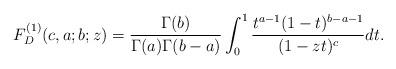
LaTeX: \begin{align*}F_{D}^{(1)}(c,a;b;z)=\frac{\Gamma (b)}{\Gamma (a)\Gamma (b-a)}\int_{0}^{1}\frac{t^{a-1}(1-t)^{b-a-1}}{(1-zt)^{c}}dt.\end{align*}